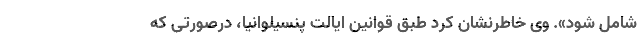
شامل شود». وی خاطرنشان کرد طبق قوانین ایالت پنسیلوانیا، درصورتی که